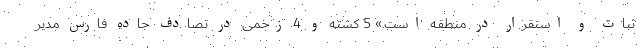
ثبات و استقرار در منطقه است.» 5 کشته و 4 زخمی در تصادف جاده فارس مدیر